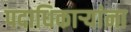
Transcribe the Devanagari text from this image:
पदाधिकाऱ्यांना